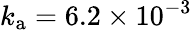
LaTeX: k_{\mathrm{a}}=6.2\times 10^{-3}